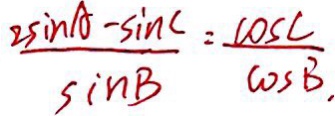
\frac { 2 \sin A - \sin C } { \sin B } = \frac { \cos C } { \cos B } ,